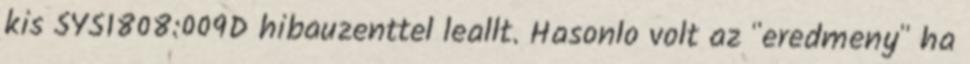
kis SYS1808:009D hibauzenttel leallt. Hasonlo volt az "eredmeny" ha